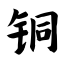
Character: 铜